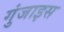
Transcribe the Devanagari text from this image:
गुंजाइस